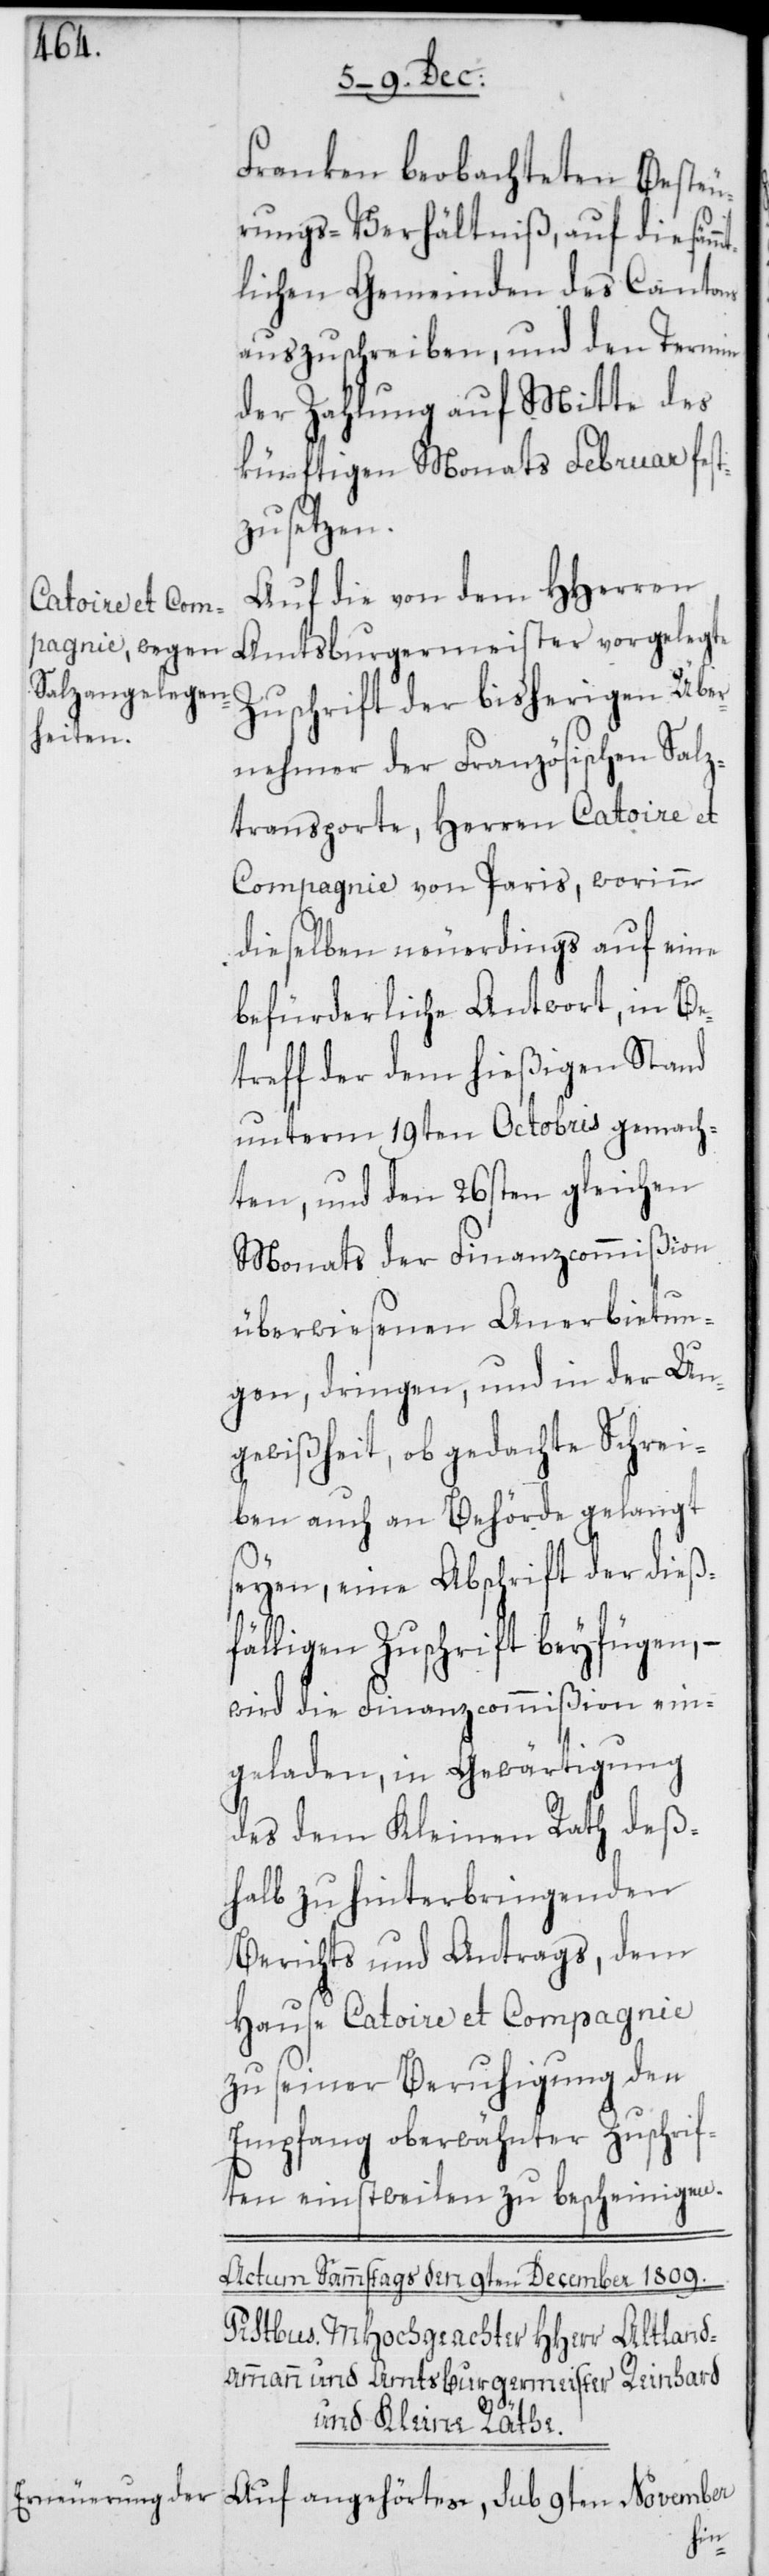
Franken beobachteten Besteu¬
rungs-Verhältniß, auf die säm¬
lichen Gemeinden des Cantons
auszuschreiben, und den Termin
der Zahlung auf Mitte des
künftigen Monats Februar fes¬
tzusetzen.
Auf die von dem HHerren
Amtsburgermeister vorgelegte
Zuschrift der bisherigen Über¬
nehmer der Französischen Salz¬
transporte, Herren Catoire et
Compagnie von Paris, worinn
dieselben neuerdings auf eine
befürderliche Antwort, in Be¬
treff der dem hießigen Stand
unterm 19ten Octobris gemach¬
ten, und den 26sten gleichen
Monats der Finanzcommißion
überwiesenen Anerbietun¬
gen, dringen, und in der Un¬
gewißheit, ob gedachte Schrei¬
ben auch an Behörde gelangt
seyen, eine Abschrift der dießf¬
älligen Zuschrift beyfügen,
wird die Finanzcommißion ein¬
geladen, in Gewärtigung
des dem Kleinen Rath deß¬
halb zu hinterbringenden
Berichts und Antrags, dem
Hause Catoire et Compagnie
zu seiner Beruhigung den
Empfang oberwähnter Zuschrif¬
ten einstweilen zu bescheinigen.
mt¬